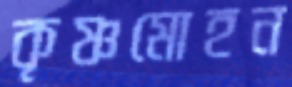
কৃষ্ণমোহন